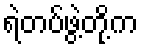
ရဲတပ်ဖွဲ့တို့က